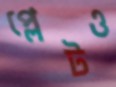
প্লেটও